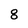
Character: 8